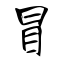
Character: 冒